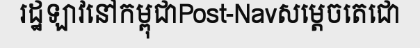
រដ្ឋឡាវនៅកម្ពុជាPost-Navសម្តេចតេជោ